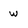
Character: w